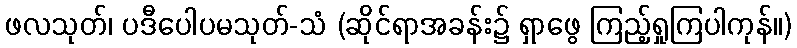
ဖလသုတ်၊ ပဒီပေါပမသုတ်-သံ (ဆိုင်ရာအခန်း၌ ရှာဖွေ ကြည့်ရှုကြပါကုန်။)